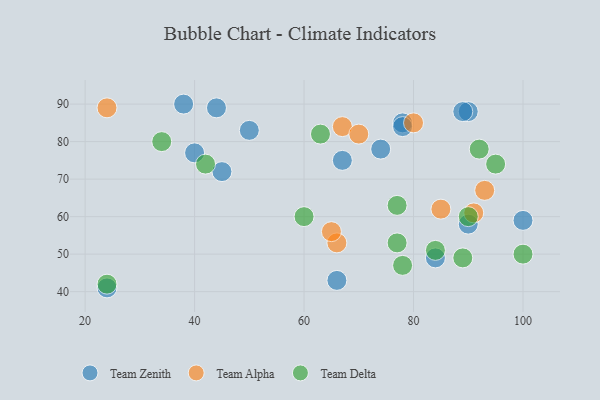
{"axis": {"x": "GDP", "y": "Life Expectancy"}, "legend": ["Team Alpha", "Team Delta", "Team Zenith"], "data": [{"x": "90", "y": 88, "type": "Team Zenith"}, {"x": "44", "y": 89, "type": "Team Zenith"}, {"x": "24", "y": 41, "type": "Team Zenith"}, {"x": "40", "y": 77, "type": "Team Zenith"}, {"x": "67", "y": 75, "type": "Team Zenith"}, {"x": "78", "y": 85, "type": "Team Zenith"}, {"x": "84", "y": 49, "type": "Team Zenith"}, {"x": "45", "y": 72, "type": "Team Zenith"}, {"x": "100", "y": 59, "type": "Team Zenith"}, {"x": "38", "y": 90, "type": "Team Zenith"}, {"x": "74", "y": 78, "type": "Team Zenith"}, {"x": "66", "y": 43, "type": "Team Zenith"}, {"x": "50", "y": 83, "type": "Team Zenith"}, {"x": "89", "y": 88, "type": "Team Zenith"}, {"x": "78", "y": 84, "type": "Team Zenith"}, {"x": "90", "y": 58, "type": "Team Zenith"}, {"x": "24", "y": 89, "type": "Team Alpha"}, {"x": "85", "y": 62, "type": "Team Alpha"}, {"x": "67", "y": 84, "type": "Team Alpha"}, {"x": "66", "y": 53, "type": "Team Alpha"}, {"x": "65", "y": 56, "type": "Team Alpha"}, {"x": "91", "y": 61, "type": "Team Alpha"}, {"x": "70", "y": 82, "type": "Team Alpha"}, {"x": "80", "y": 85, "type": "Team Alpha"}, {"x": "93", "y": 67, "type": "Team Alpha"}, {"x": "92", "y": 78, "type": "Team Delta"}, {"x": "90", "y": 60, "type": "Team Delta"}, {"x": "77", "y": 63, "type": "Team Delta"}, {"x": "34", "y": 80, "type": "Team Delta"}, {"x": "95", "y": 74, "type": "Team Delta"}, {"x": "78", "y": 47, "type": "Team Delta"}, {"x": "63", "y": 82, "type": "Team Delta"}, {"x": "77", "y": 53, "type": "Team Delta"}, {"x": "42", "y": 74, "type": "Team Delta"}, {"x": "100", "y": 50, "type": "Team Delta"}, {"x": "89", "y": 49, "type": "Team Delta"}, {"x": "60", "y": 60, "type": "Team Delta"}, {"x": "84", "y": 51, "type": "Team Delta"}, {"x": "24", "y": 42, "type": "Team Delta"}]}